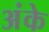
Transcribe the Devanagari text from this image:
अंके